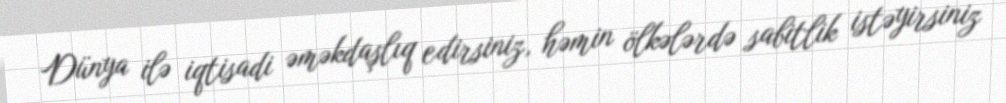
Dünya ilə iqtisadi əməkdaşlıq edirsiniz, həmin ölkələrdə sabitlik istəyirsiniz